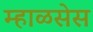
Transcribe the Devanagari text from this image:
म्हाळसेस